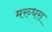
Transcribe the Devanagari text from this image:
मरुधरा